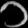
Digit: ၁